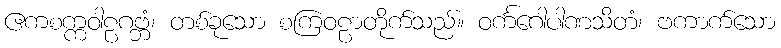
ဧကစက္ကဝါဠဂဗ္ဘံ၊ တစ်ခုသော စကြဝဠာတိုက်သည်။ ဝင်္ကဂေါပါဏသိတံ၊ ဗကာက်သော